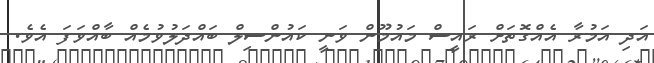
އަދި އަމުރާ އެއްގޮތަށް ރައީސް މައުމޫން ވަނީ ކައުންސިލް ބައްދަލުވުމެއް ބާއްވަފަ އެވެ.